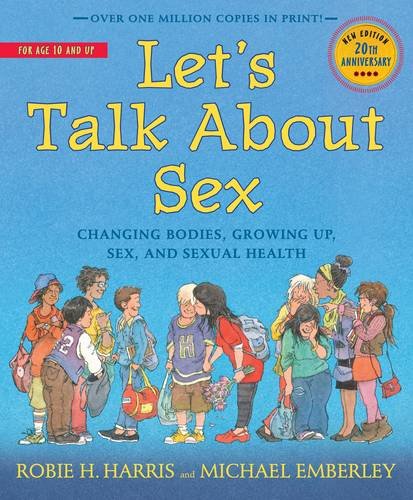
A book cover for Let's Talk About Sex; Robie H. Harris; Teen & Young Adult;